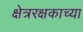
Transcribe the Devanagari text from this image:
क्षेत्ररक्षकाच्या